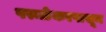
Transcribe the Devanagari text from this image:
परूळेकरपासून